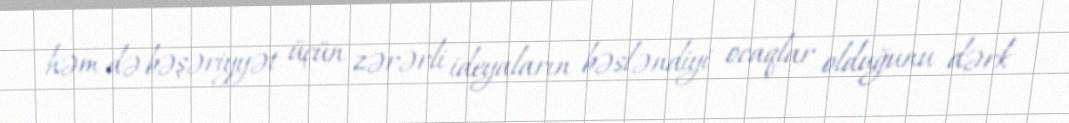
həm də bəşəriyyət üçün zərərli ideyaların bəsləndiyi ocaqlar olduğunu dərk